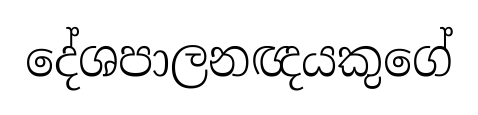
දේශපාලනඥයකුගේ